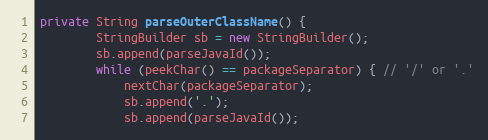
Language: Java
private String parseOuterClassName() {
		StringBuilder sb = new StringBuilder();
		sb.append(parseJavaId());
		while (peekChar() == packageSeparator) { // '/' or '.'
			nextChar(packageSeparator);
			sb.append('.');
			sb.append(parseJavaId());